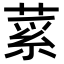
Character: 𦷲